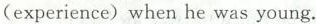
(experience)when he was young.